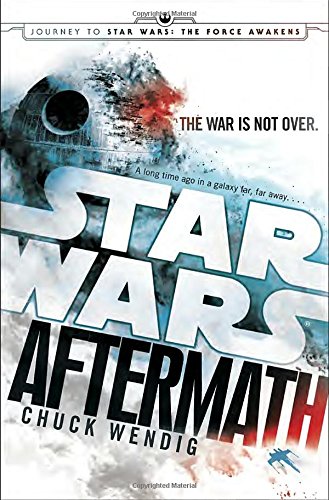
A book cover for Aftermath: Star Wars: Journey to Star Wars: The Force Awakens; Chuck Wendig; Science Fiction & Fantasy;